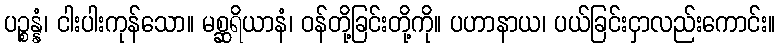
ပဉ္စန္နံ၊ ငါးပါးကုန်သော။ မစ္ဆရိယာနံ၊ ဝန်တို့ခြင်းတို့ကို။ ပဟာနာယ၊ ပယ်ခြင်းငှာလည်းကောင်း။